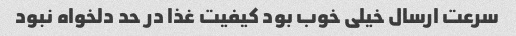
سرعت ارسال خیلی خوب بود کیفیت غذا در حد دلخواه نبود